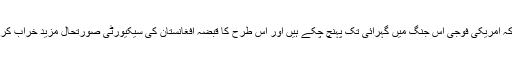
جیسا کہ امریکی فوجی اس جنگ میں گہرائی تک پہنچ چکے ہیں اور اس طرح کا قبضہ افغانستان کی سیکیورٹی صورتحال مزید خراب کرے گا۔